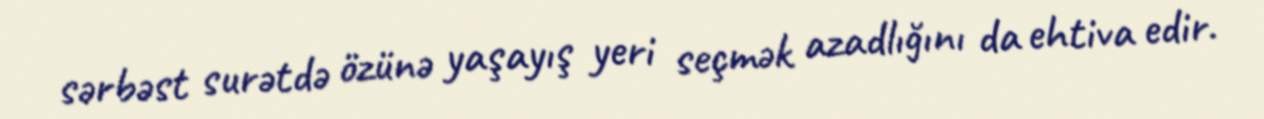
sərbəst surətdə özünə yaşayış yeri seçmək azadlığını da ehtiva edir.